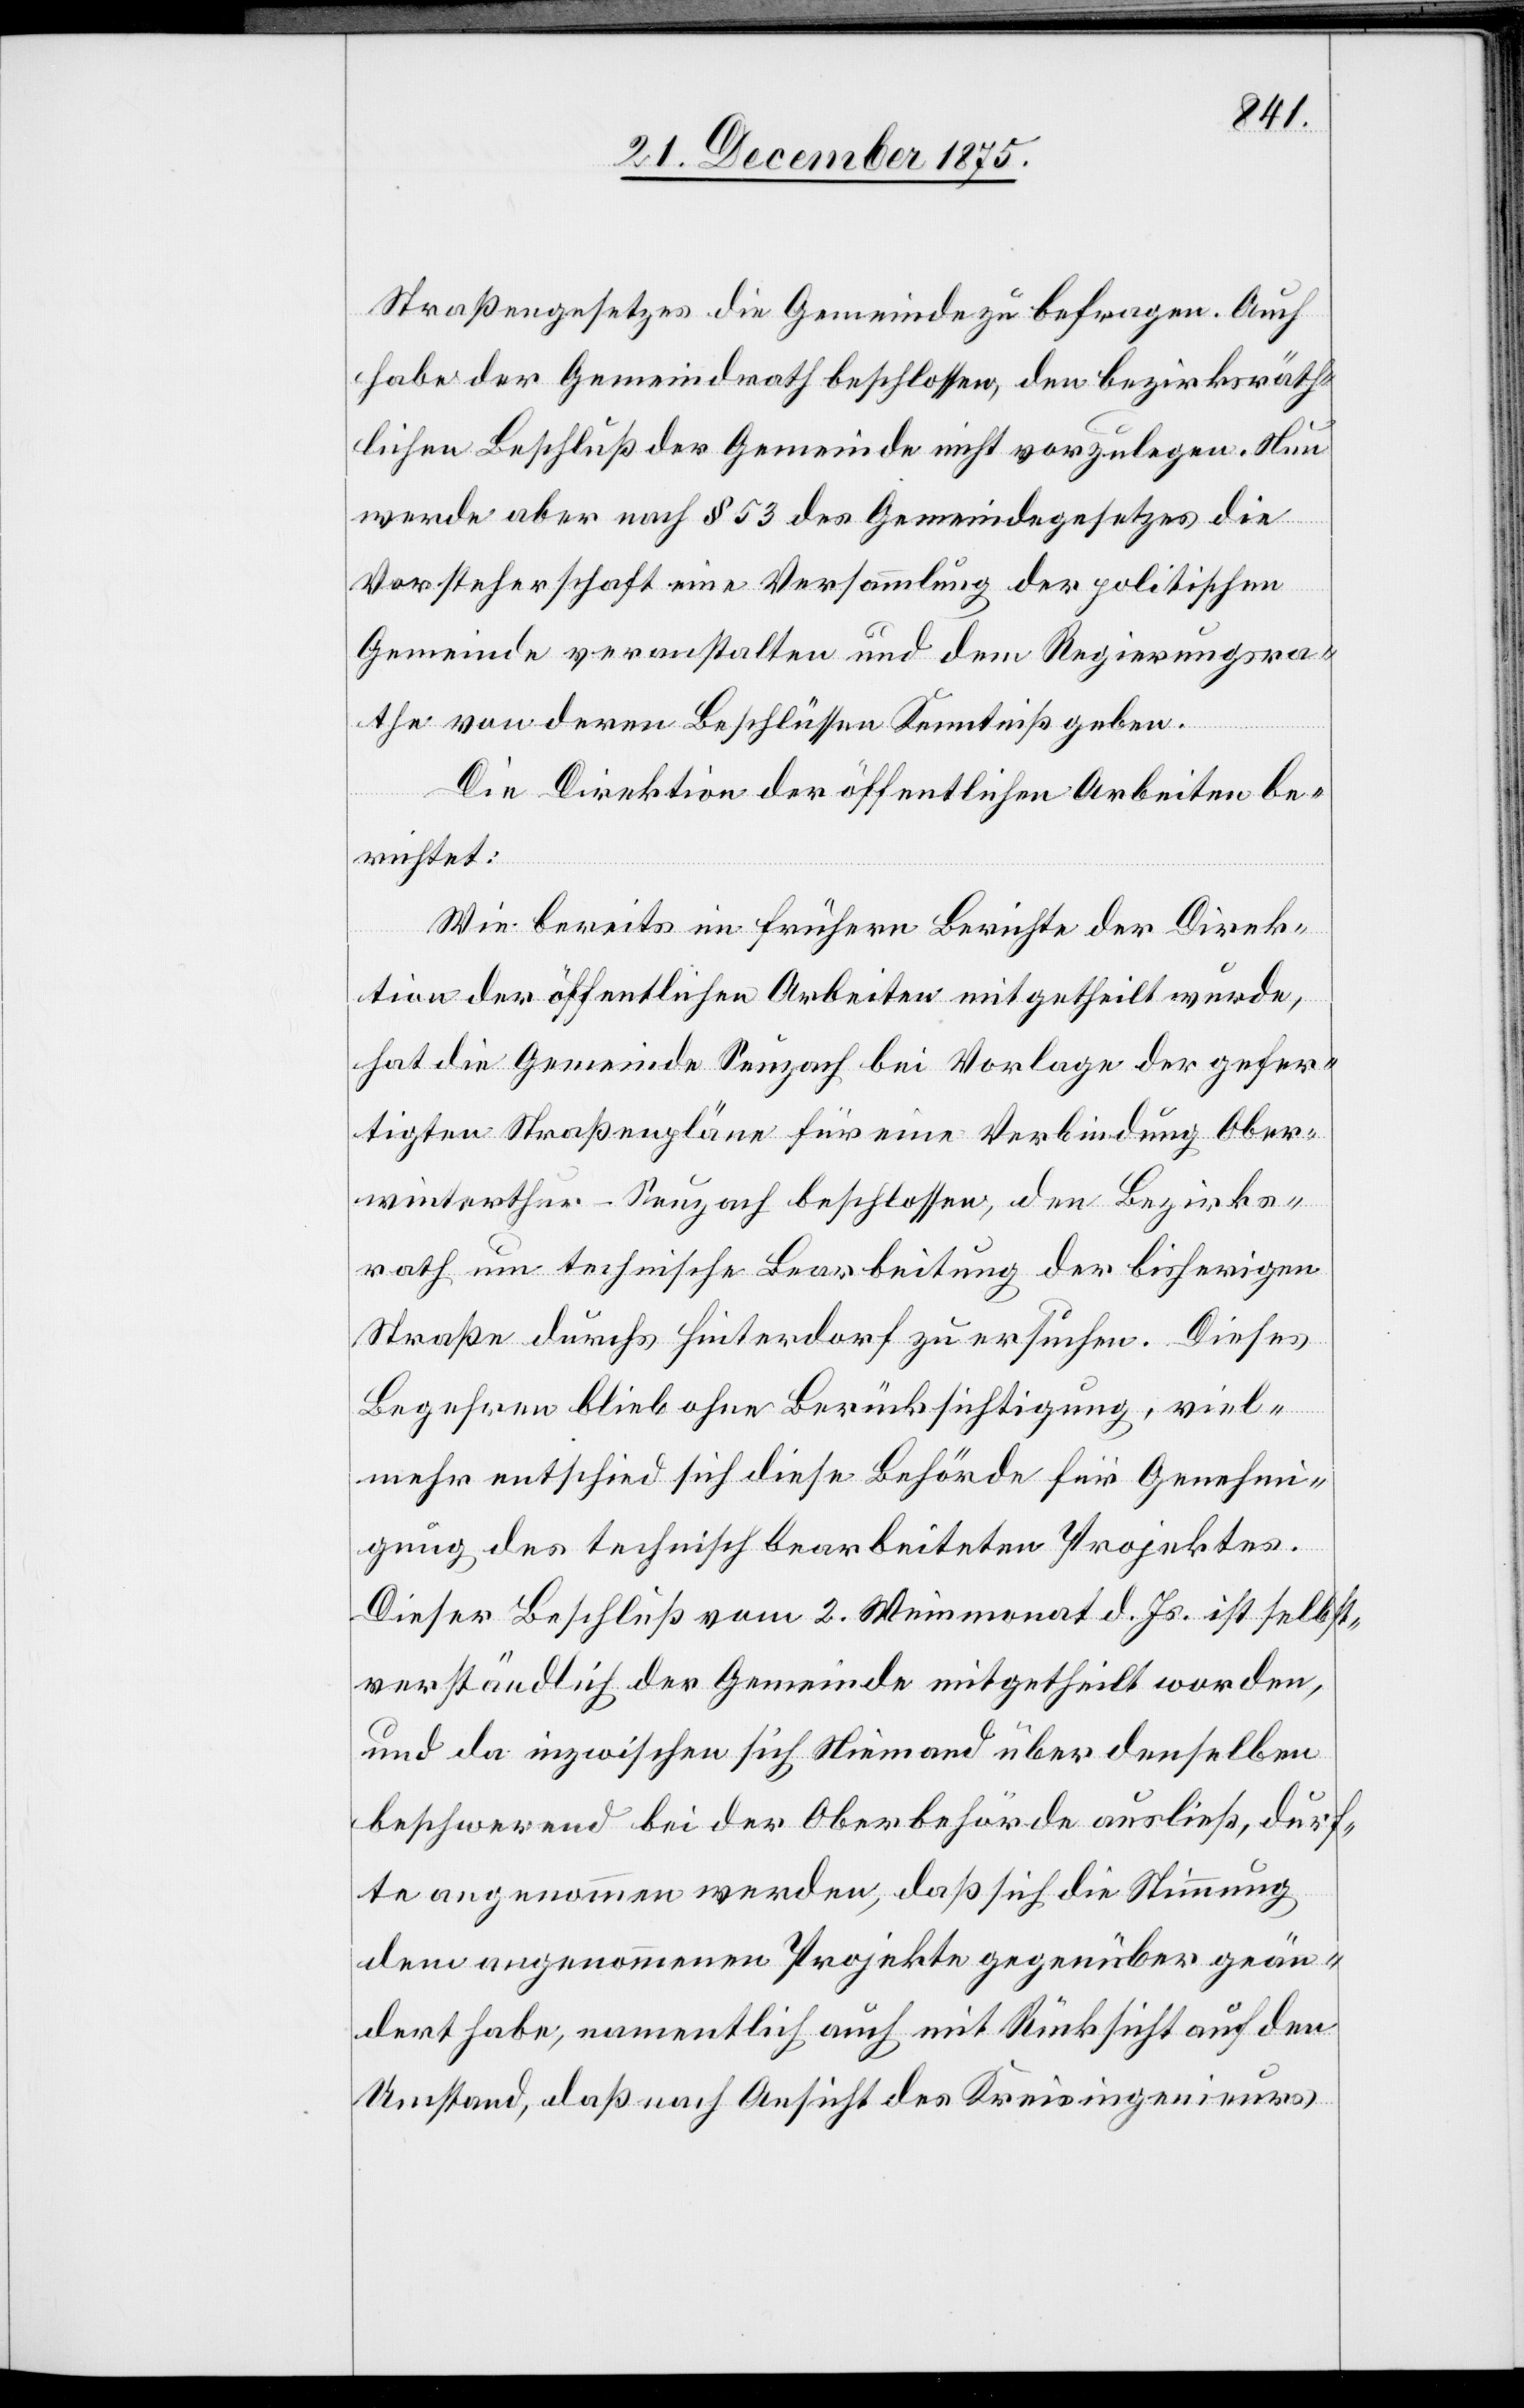
Straßengesetzes die Gemeinde zu befragen. Auch
habe der Gemeindrath beschlossen, den bezirksräth¬
lichen Beschluß der Gemeinde nicht vorzulegen. Nun
werde aber nach § 53 des Gemeindegesetzes die
Vorsteherschaft eine Versammlung der politischen
Gemeinde veranstalten und dem Regierungsra¬
the von deren Beschlüssen Kenntniß geben.
Die Direktion der öffentlichen Arbeiten be¬
richtet:
Wie bereits im frühern Berichte der Direk¬
tion der öffentlichen Arbeiten mitgetheilt wurde,
hat die Gemeinde Seuzach bei Vorlage der gefer¬
tigten Straßenpläne für eine Verbindung Ober¬
winterthur–Seuzach beschlossen, den Bezirks¬
rath um technische Bearbeitung der bisherigen
Straße durchs Hinterdorf zu ersuchen. Dieses
Begehren blieb ohne Berücksichtigung, viel¬
mehr entschied sich diese Behörde für Genehmi¬
gung des technisch bearbeiteten Projektes.
Dieser Beschluß vom 2. Weinmonat d. Js. ist selbst¬
verständlich der Gemeinde mitgetheilt worden,
und da inzwischen sich Niemand über denselben
beschwerend bei der Oberbehörde ausließ, durf¬
te angenommen werden, daß sich die Stimmung
dem angenommenen Projekte gegenüber geän¬
dert habe, namentlich auch mit Rücksicht auf den
Umstand, daß nach Ansicht des Kreisingenieurs